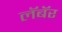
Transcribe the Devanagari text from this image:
लॅबॅर